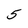
Character: 5